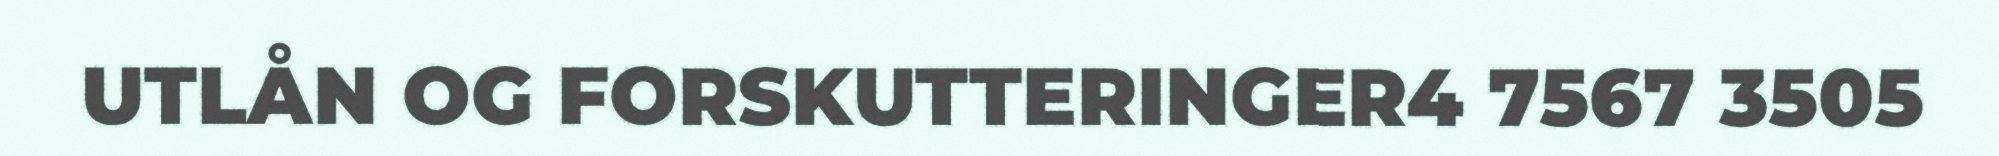
UTLÅN OG FORSKUTTERINGER4 7567 3505